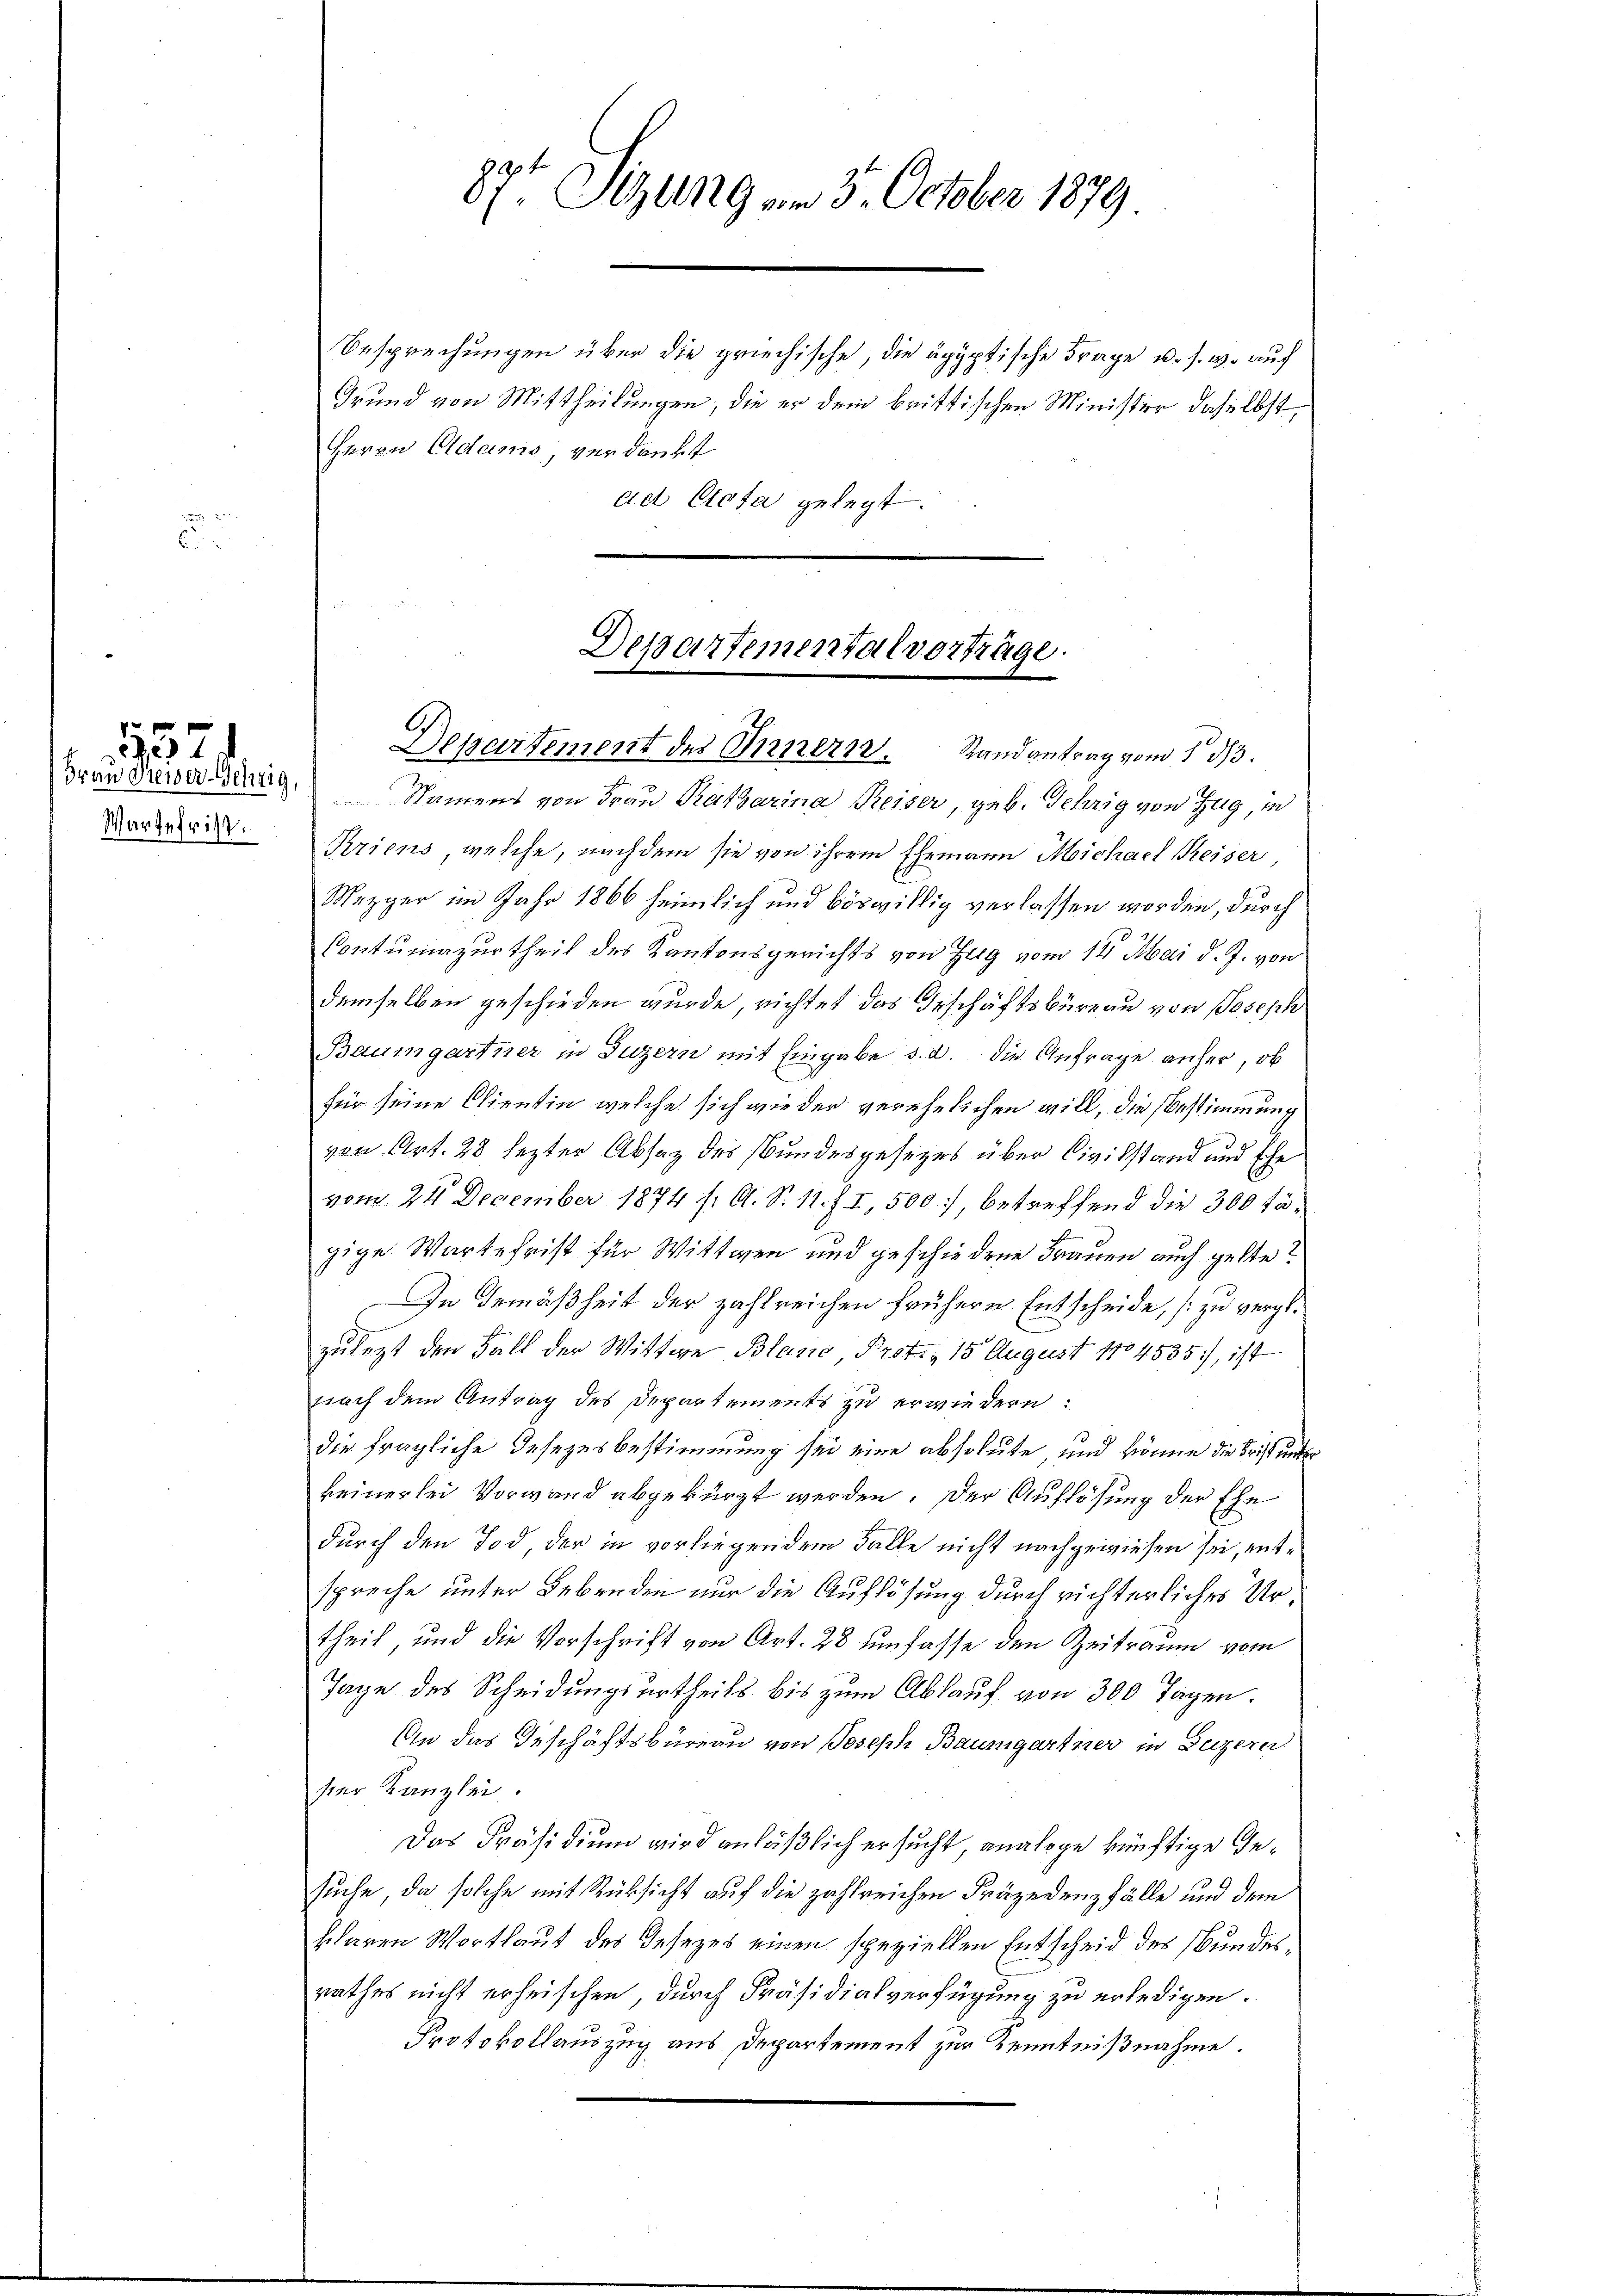
Wartefrist.

137
Frau Feier-Schrig

87t Sizung am 3. October 1879

Besprechungen über die griechische, die ägyptische Frage u. s. w. auch
Grund von Mittheilungen; die er dem brittischen Minister daselbst
Herrn Adams, verdankt
ad Acta gelegt.

Dessartementalvorträge.
Departement des Innern. Randantrag vom 1. 313.

Namens von Frau Ratharina Reiser, geb. Gehrig von Zug, in
Kriens, welche, nachdem sie von ihrem Ehemann Michael Reiser
Mezger im Jahr 1866 heimlich und böswillig verlassen worden, durch
Contumazurtheil des Kantonsgerichts von Hug vom 12. Mai d. J. von
demselben geschieden wurde, richtet das Geschäftsbüreau von Joseph
Baumgartner in Luzern mit Eingabe d. d. die Anfrage anher, ob
für seine Clientin welche sich wie der verehelichen will, die Bestimmung
von Art. 28 lezter Absatz des Bundesgesetzes über Civilstand und Ehe
vom 24. December 1874 f. A. S. 11. f. I, 500, betreffend die 300 tägige Wartefrist für Wittwen und geschiedene Frauen auch gelte?
In Gemäßheit der zahlreichen frühere Entscheide, zu vergl.
zulezt den Fall der Wittwe Blano Prot., 15 August 1804535), ist
nach dem Antrag des Departements zu erwiedern:
die fragliche Gesezesbestimmung sei eine absolute, und könne die Frist unter
keinerlei Vorwand abgekürzt werden. Der Auflösung der Ehe
durch den Tod der in vorliegendem Falle nicht nachgewiesen sei, entspreche unter Lebenden nur die Auflösung durch richterliches Urtheil und die Vorschrift von Art. 28 unfasse den Zeitraum vom
Tage des Scheidungsurtheils bis zum Ablauf von 300 Tagen.
An das Geschäftsbüreau von Joseph Baumgartner in Luzern
ser Kanzlei.
Das Präsidium wird anläßlich ersucht analoge künftige Gesuche, da solche mit Rücksicht auf die zahlreichen Präzedenzfälle und dem
klaren Wortlaut des Gesezes einen speziellen Entscheid des Bundesrathes nicht erheischen, durch Präsidialverfügung zu erledigen.
Protokollauszug aus Departement zur Kenntnißnahme.